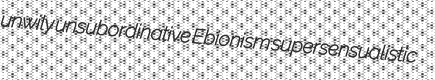
unwily unsubordinative Ebionism supersensualistic